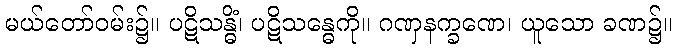
မယ်တော်ဝမ်း၌။ ပဋိသန္ဓိံ၊ ပဋိသန္ဓေကို။ ဂဏှနက္ခဏေ၊ ယူသော ခဏ၌။